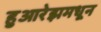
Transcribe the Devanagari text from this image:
हुआरेझमधून